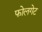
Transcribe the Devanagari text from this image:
फोलगेट